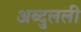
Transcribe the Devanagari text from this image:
अब्दुलली